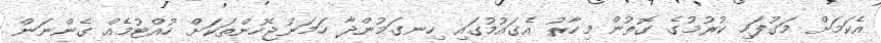
އެކަމަށް މަގުފަހި ކުރުމުގެ ގޮތުން މިހާރު އެގައުމުގައި ހިނގަމުންދާ ހަމަނުޖެހުންތަކަށް ހުއްޓުމެއް ގެންނަން